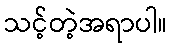
သင့်တဲ့အရာပါ။